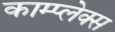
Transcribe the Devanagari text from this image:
काम्‍प्‍लेक्स